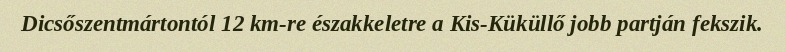
Dicsőszentmártontól 12 km-re északkeletre a Kis-Küküllő jobb partján fekszik.